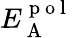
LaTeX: E_{\mathrm{~A~}}^{\mathrm{~p~o~l~}}